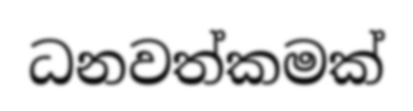
ධනවත්කමක්